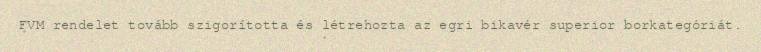
FVM rendelet tovább szigorította és létrehozta az egri bikavér superior borkategóriát.